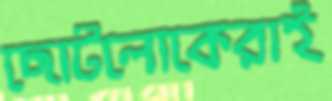
ছোটলোকেরাই